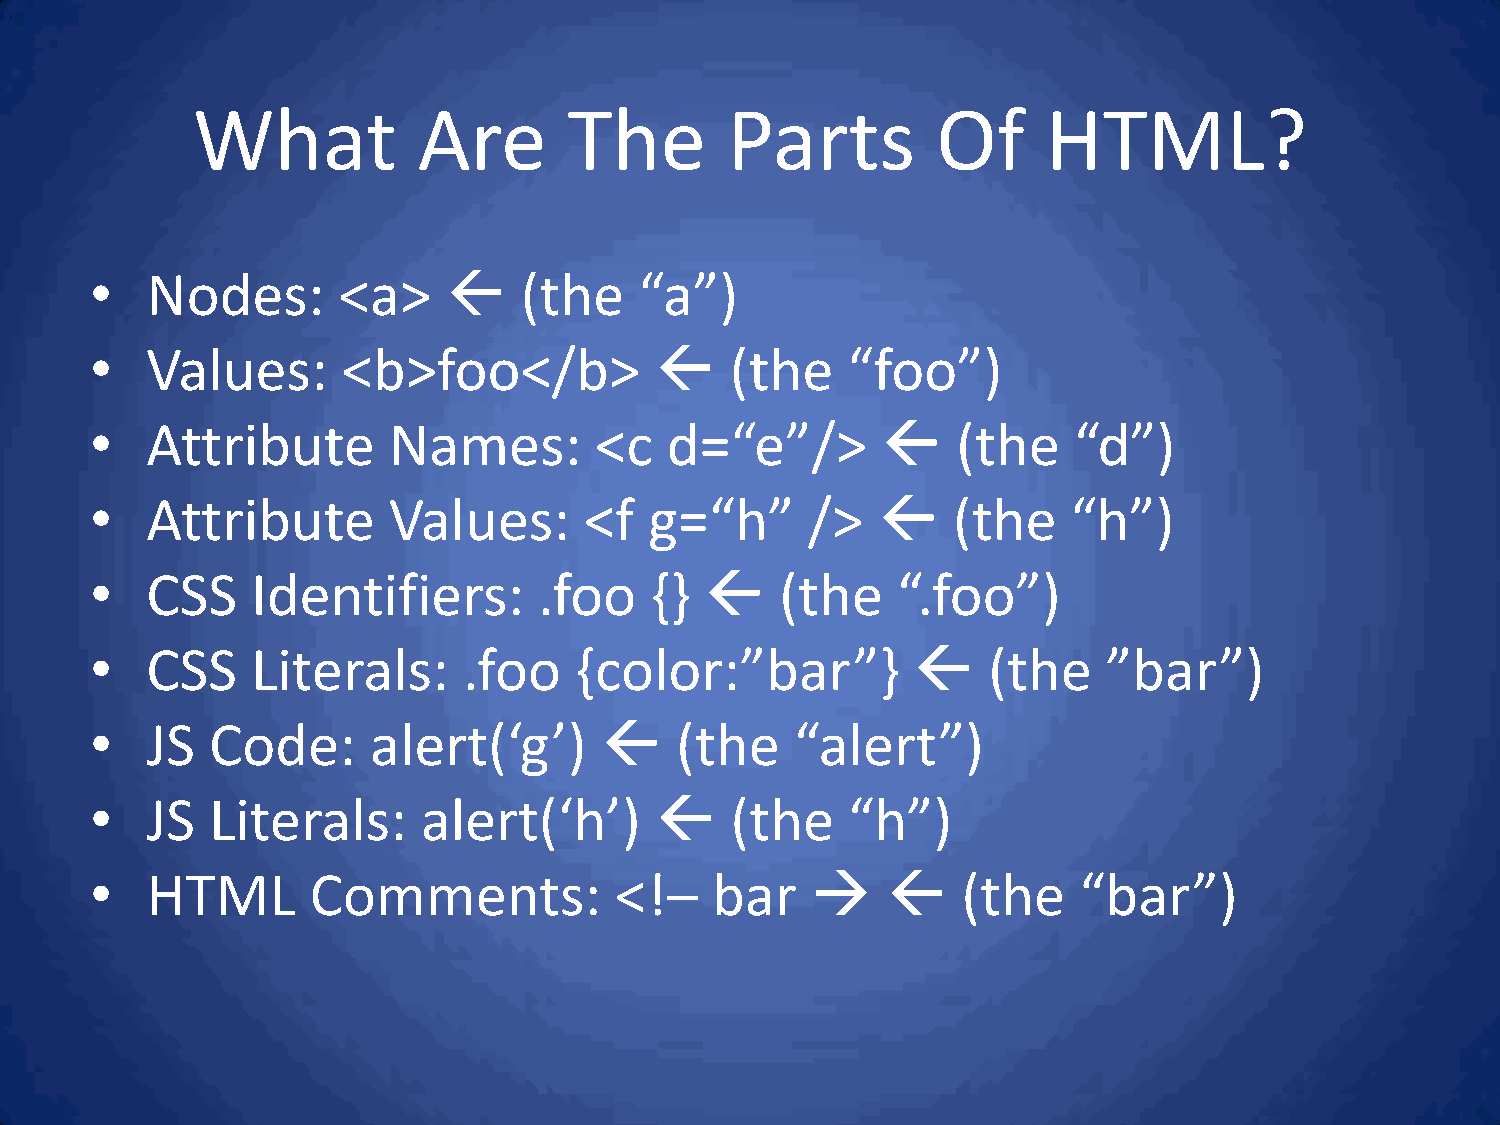
What           Are       The       Parts         Of     HTML?
 •   Nodes:      <a>        (the    “a”)
 •   Values:      <b>foo</b>              (the    “foo”)
 •   Attribute       Names:       <c   d=“e”/>           (the    “d”)
 •   Attribute       Values:      <f  g=“h”     />       (the    “h”)
 •   CSS    Identifiers:       .foo   {}      (the   “.foo”)
 •   CSS    Literals:     .foo   {color:”bar”}             (the    ”bar”)
 •   JS  Code:      alert(‘g’)         (the    “alert”)
 •   JS  Literals:     alert(‘h’)         (the    “h”)
 •   HTML       Comments:           <!–   bar            (the   “bar”)